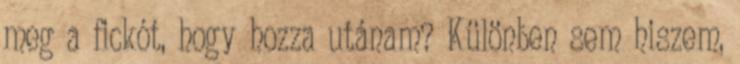
meg a fickót, hogy hozza utánam? Különben sem hiszem,